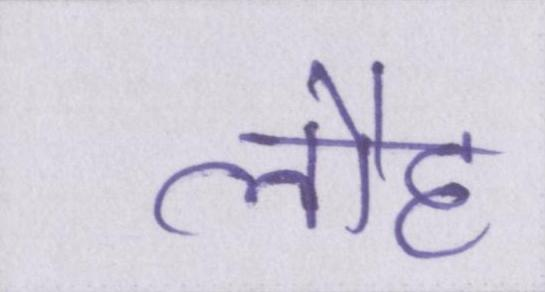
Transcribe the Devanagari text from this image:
लौह